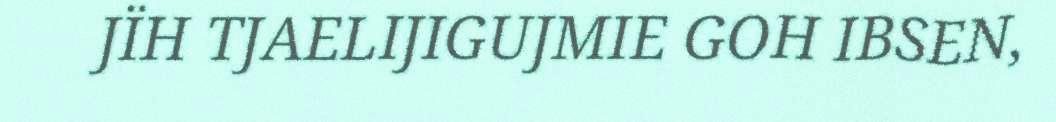
JÏH TJAELIJIGUJMIE GOH IBSEN,